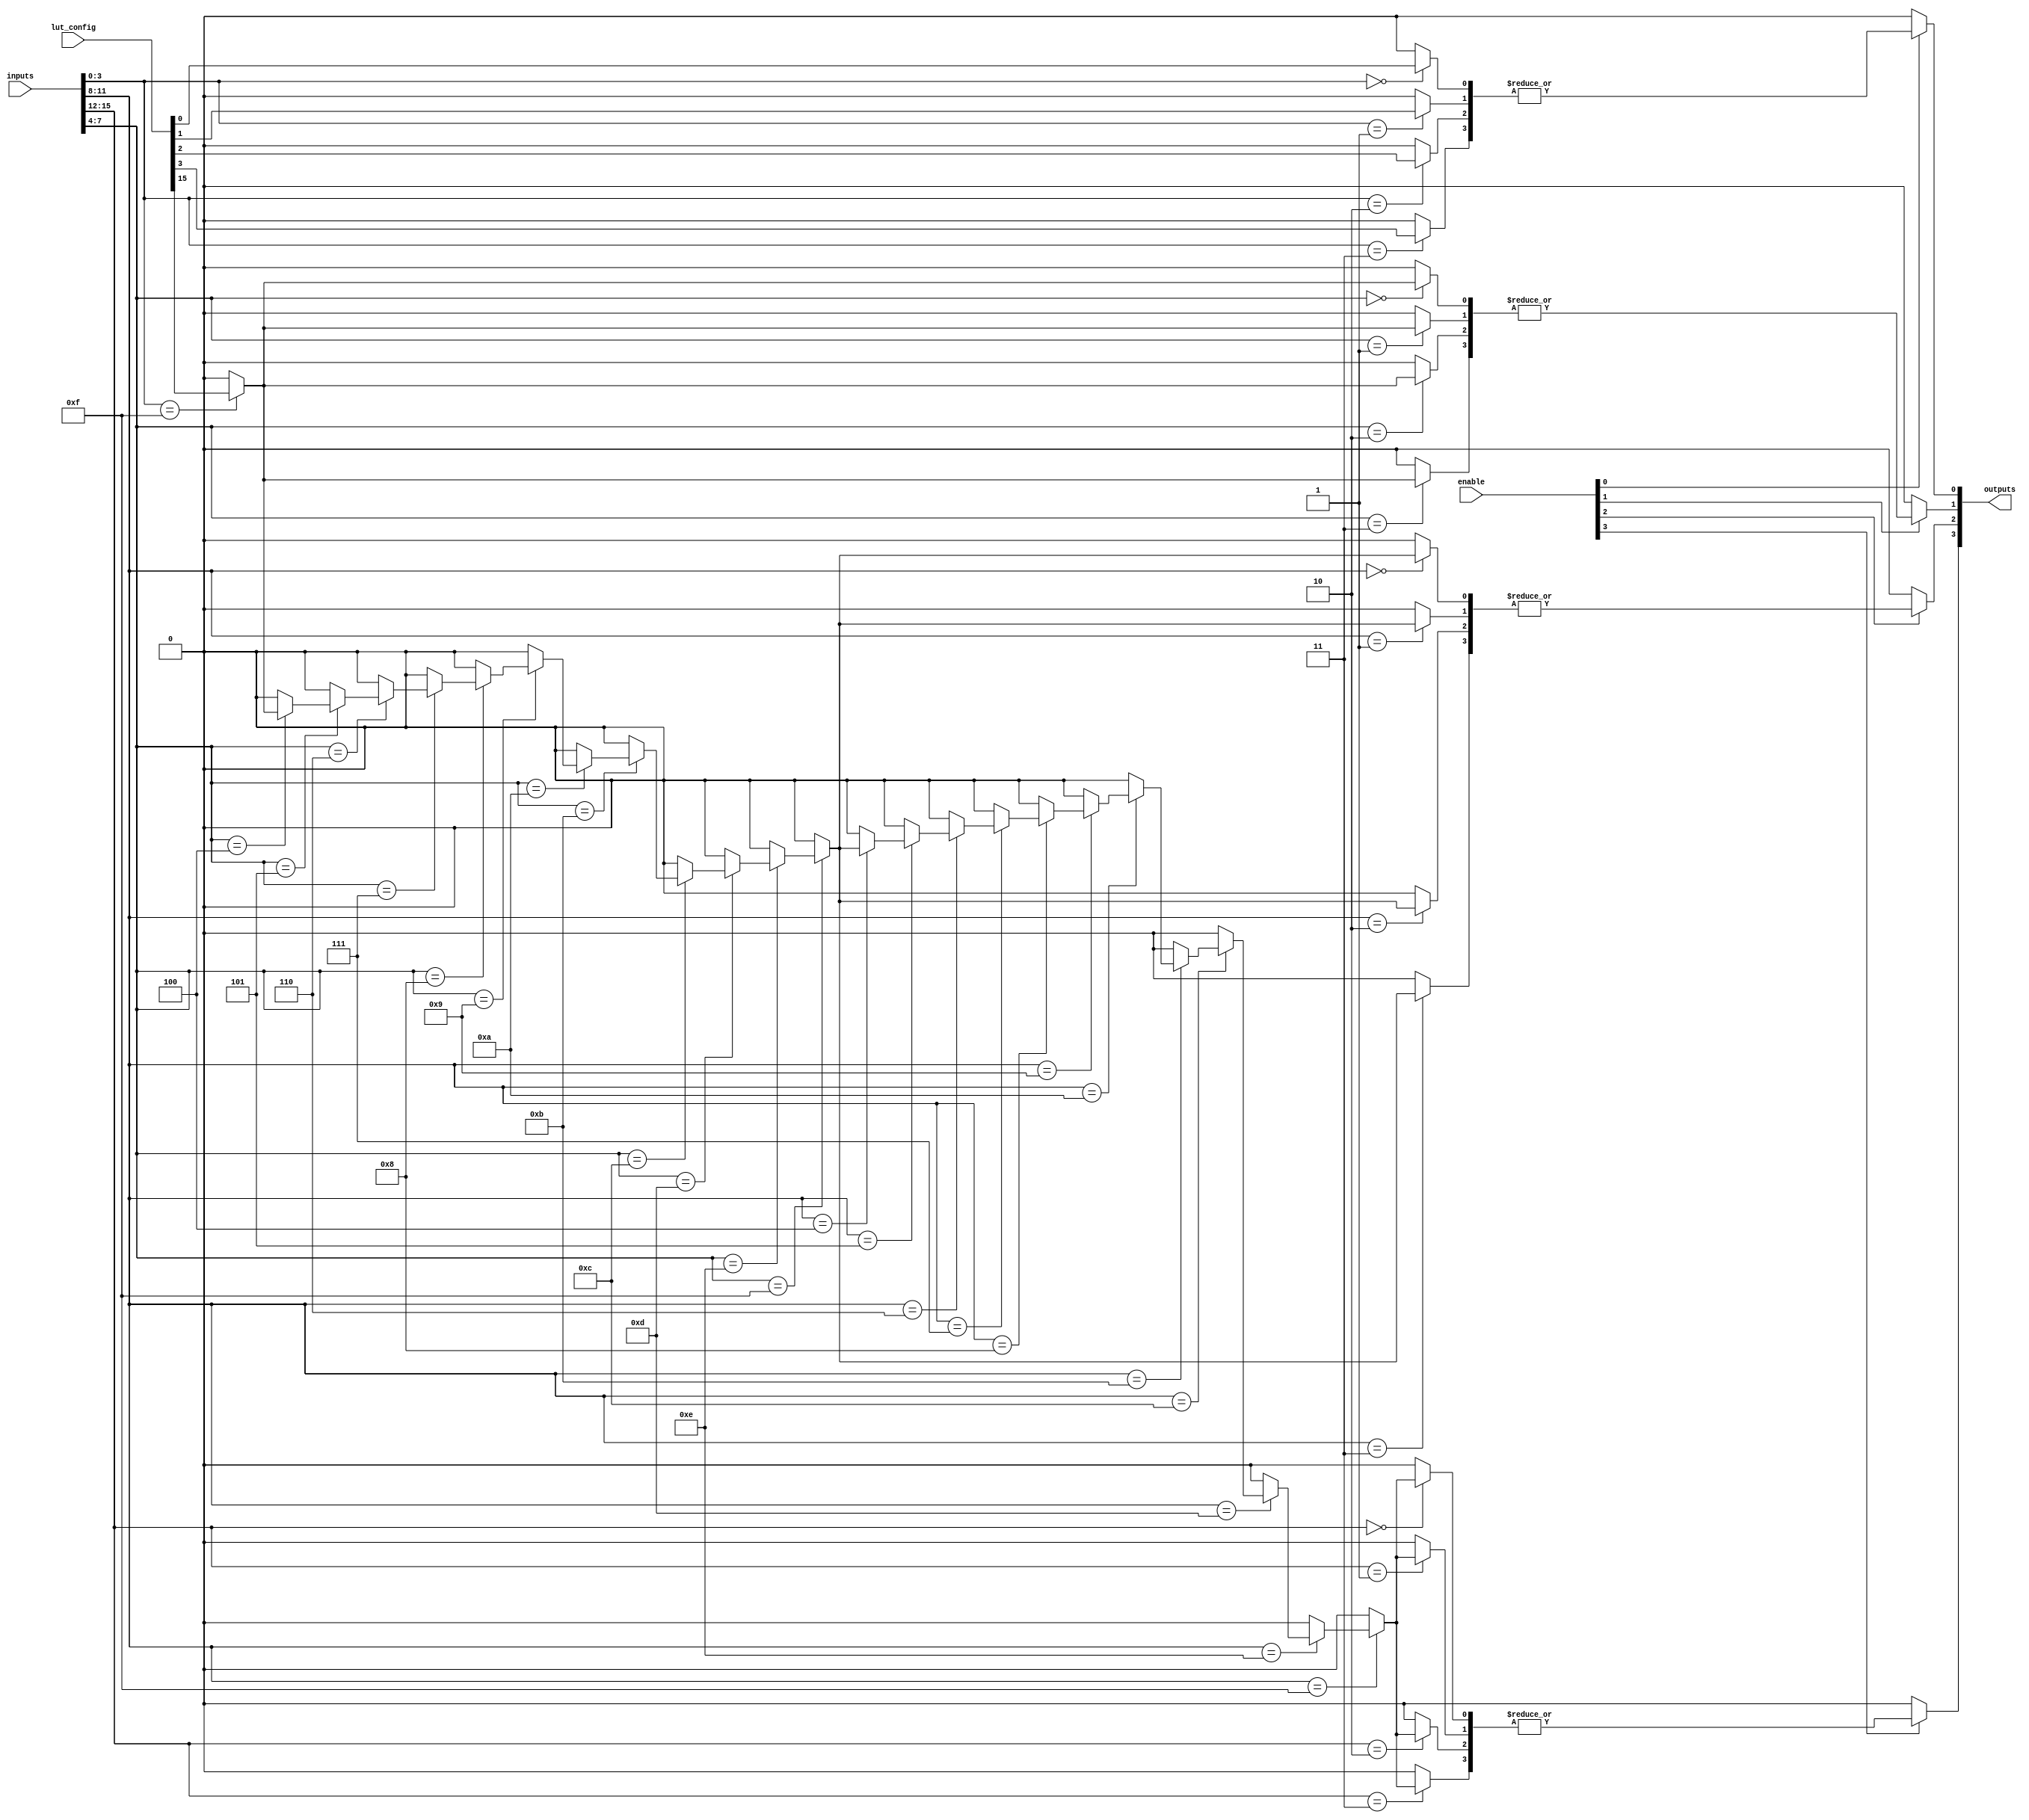
module combinational_logic_block #(
    parameter NUM_LUTS = 4,   // Number of LUTs in the LAB
    parameter LUT_SIZE = 4    // Number of inputs for each LUT
)(
    input  wire [NUM_LUTS*LUT_SIZE-1:0]  inputs,   // Concatenated inputs for LUTs
    input  wire [NUM_LUTS-1:0]             enable,   // Enable signals for each LUT
    input  wire [NUM_LUTS*LUT_SIZE-1:0]    lut_config, // LUT configuration (truth table)
    output wire [NUM_LUTS-1:0]              outputs    // Outputs from each LUT
);

    // Internal wires for storing LUT outputs
    wire [NUM_LUTS-1:0] lut_outs [0:LUT_SIZE-1];

    // Configure each LUT based on the inputs and LUT configuration
    genvar i, j;
    generate
        for (i = 0; i < NUM_LUTS; i = i + 1) begin : lut_block
            for (j = 0; j < (1 << LUT_SIZE); j = j + 1) begin 
                // Determine the output for the LUT based on configuration
                assign lut_outs[i][j] = (inputs[(i*LUT_SIZE) +: LUT_SIZE] == j) ? lut_config[i * (1 << LUT_SIZE) + j] : 1'b0;
            end

            // Enable the output based on the enable signal
            assign outputs[i] = enable[i] ? |lut_outs[i] : 1'b0; // OR output of LUTs
        end
    endgenerate

endmodule